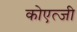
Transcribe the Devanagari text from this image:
कोएत्जी